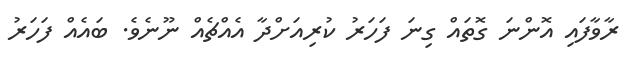
ރާވާފައި އޮންނަ ގޮތައް ގިނަ ފަހަރު ކުރިއަށްދާ އެއްޗެއް ނޫނެވެ. ބައެއް ފަހަރު